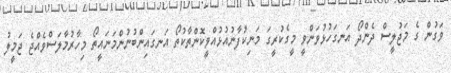
ވަގުން ގެ މަޖުލީސް ދެންދޯ އަނގަހުޅުވަންވީ މީގެކުރީގަ މަނިކުފާނުއުޅުއްވީކޮންތާކުތޯ އަނގައިންބުނުންމަނައީތޯ މިހާރުމާލަސްވެއްޖެ ޖަމީލު